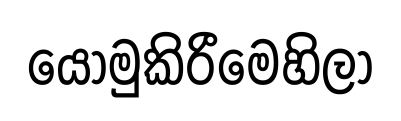
යොමුකිරීමෙහිලා